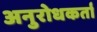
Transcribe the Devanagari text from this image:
अनुरोधकर्ता